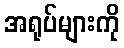
အရုပ်များကို